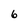
Character: 6